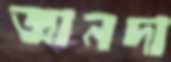
জ্ঞানদা